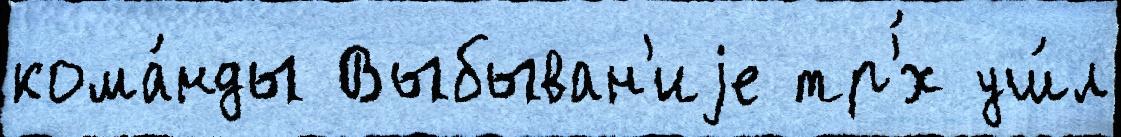
кома́нды Выбыван'иjе тр'́х уш́л